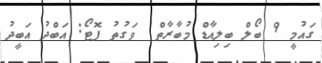
ގައުމީ 9 ބޯލް ބިލިއާޑް މުބާރާތް  ވަގުތު ފޮޓޯ: އަބްދު އަބީދު